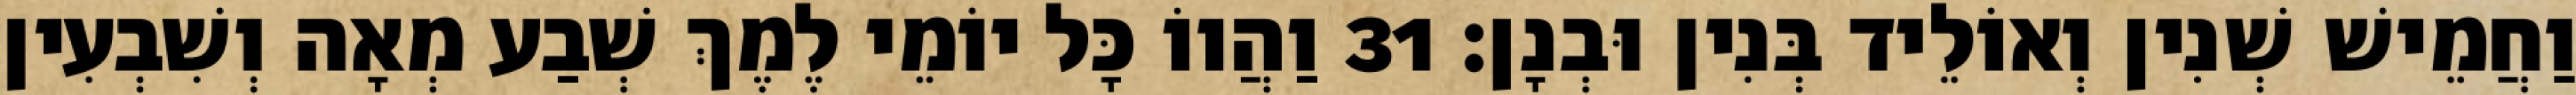
וַחֲמֵישׁ שְׁנִין וְאוֹלֵיד בְּנִין וּבְנָן׃ 31 וַהֲווֹ כָּל יוֹמֵי לֶמֶךְ שְׁבַע מְאָה וְשִׁבְעִין